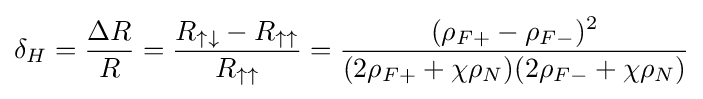
\delta _{H}={\frac {\Delta R}{R}}={\frac {R_{\uparrow \downarrow }-R_{\uparrow \uparrow }}{R_{\uparrow \uparrow }}}={\frac {(\rho _{F+}-\rho _{F-})^{2}}{(2\rho _{F+}+\chi \rho _{N})(2\rho _{F-}+\chi \rho _{N})}}